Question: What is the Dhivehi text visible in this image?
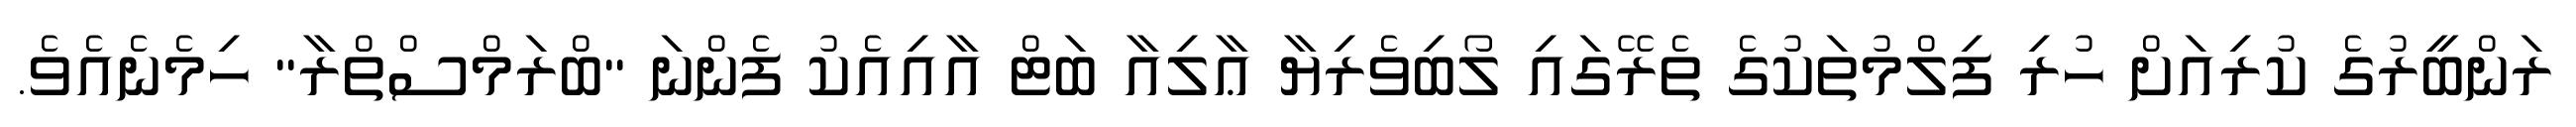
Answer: ރަންބީރުގެ ކުރިއަށް ހުރި ފިލްމުތަކުގެ ތެރޭގައި ލޯބިވެރިޔާ ޢާލިއާ ބަޓް އާއިއެކު ފެންނަ "ބްރަމްސްތްރާ" ހިމެނެއެވެ.